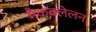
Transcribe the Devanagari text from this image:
मैकक्लेलन